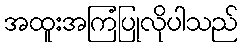
အထူးအကြံပြုလိုပါသည်